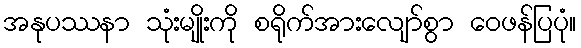
အနုပဿနာ သုံးမျိုးကို စရိုက်အားလျော်စွာ ဝေဖန်ပြပုံ။